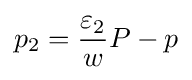
p_{2}={\frac {\varepsilon _{2}}{w}}P-p